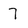
Character: 7